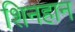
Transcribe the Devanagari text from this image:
शिनहान